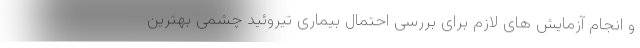
و انجام آزمایش های لازم برای بررسی احتمال بیماری تیروئید چشمی بهترین